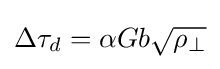
\Delta \tau _{d}=\alpha Gb{\sqrt {\rho _{\perp }}}